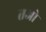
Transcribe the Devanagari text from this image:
तओ